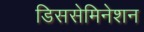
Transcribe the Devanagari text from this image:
डिससेमिनेशन